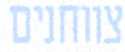
צווחנים